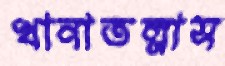
খানাতল্লাস